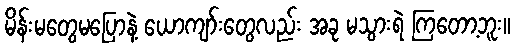
မိန်းမတွေမပြောနဲ့ ယောကျာ်းတွေလည်း အခု မသွားရဲ ကြတော့ဘူး။